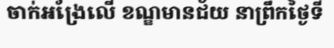
ចាក់អង្រែលើ ខណ្ឌមានជ័យ នាព្រឹកថ្ងៃទី